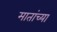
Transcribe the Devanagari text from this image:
मातांच्या